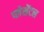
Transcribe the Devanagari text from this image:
प्लेसेंटल